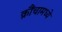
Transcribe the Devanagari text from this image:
क्रौंचामध्ये